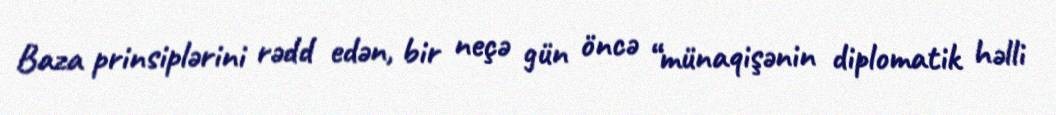
Baza prinsiplərini rədd edən, bir neçə gün öncə “münaqişənin diplomatik həlli